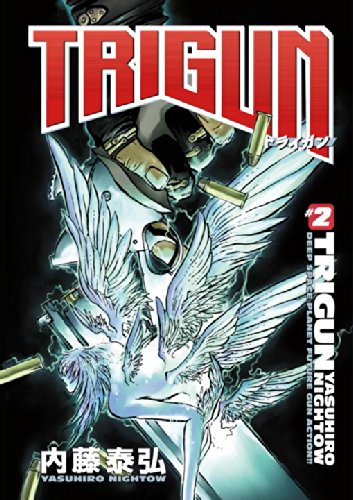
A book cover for Trigun Anime Manga Volume 2: Wolfwood; Yasuhiro Nightow; Teen & Young Adult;